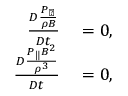
\begin{array} { r l } { \frac { D \frac { P _ { \perp } } { \rho B } } { D t } } & { { } = 0 , } \\ { \frac { D \frac { P _ { \| } B ^ { 2 } } { \rho ^ { 3 } } } { D t } } & { { } = 0 , } \end{array}